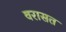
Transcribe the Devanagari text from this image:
वरासत